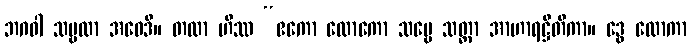
ဘဂဝါ သဗ္ဗထာ အဝေဒိ။ တထာ ဟိဿ “ဧကော လောကော သဗ္ဗေ သတ္တာ အာဟာရဋ္ဌိတိကာ။ ဒွေ လောကာ